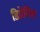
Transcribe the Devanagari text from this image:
डिप्रेसिव